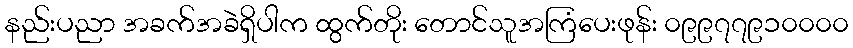
နည်းပညာ အခက်အခဲရှိပါက ထွက်တိုး တောင်သူအကြံပေးဖုန်း ၀၉၉၇၇၉၁၀၀၀၀